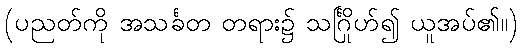
(ပညတ်ကို အသင်္ခတ တရား၌ သင်္ဂြိုဟ်၍ ယူအပ်၏။)